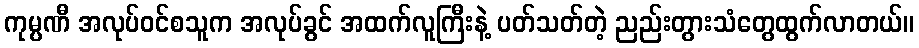
ကုမ္ပဏီ အလုပ်ဝင်စသူက အလုပ်ခွင် အထက်လူကြီးနဲ့ ပတ်သတ်တဲ့ ညည်းတွားသံတွေထွက်လာတယ်။